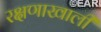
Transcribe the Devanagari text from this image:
रक्षणाखाली